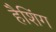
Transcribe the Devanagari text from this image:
हैशिंग